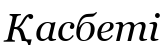
Қасбеті